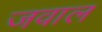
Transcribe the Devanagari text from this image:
जवाल